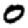
Digit: 0